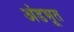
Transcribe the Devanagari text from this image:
अंडभूत